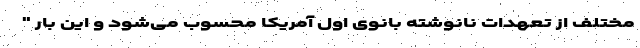
مختلف از تعهدات نانوشته بانوی اول آمریکا محسوب می‌شود و این بار "